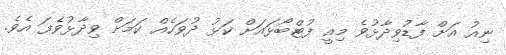
ނިއު އަށް ފާޑުވިދާޅުވެ މިއީ ފުޓްބޯޅައަށް ކަޅު ދުވަހެއް ކަމަށް ވިދާޅުވެފަ އެވެ.